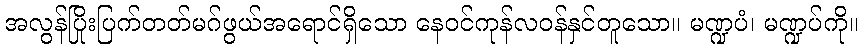
အလွန်ပြိုးပြက်တတ်မဂ်ဖွယ်အရောင်ရှိသော နေဝင်ကုန်လဝန်နှင်တူသော။ မဏ္ဍပံ၊ မဏ္ဍပ်ကို။